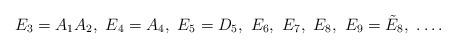
LaTeX: \begin{gather*}E_3=A_1A_2, \ E_4=A_4, \ E_5=D_5, \ E_6, \ E_7, \ E_8, \ E_9=\tilde{E}_8, \ \dots.\end{gather*}